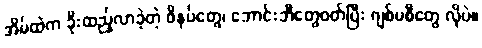
အိမ်ထဲက ခိုးထည့်လာခဲ့တဲ့ ဖိနပ်တွေ၊ ဘောင်းဘီတွေဝတ်ပြီး ဂျစ်ပစီတွေ လိုပဲ။